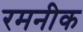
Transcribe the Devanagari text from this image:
रमनीक